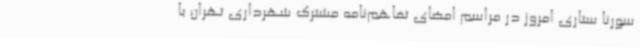
سورنا ستاری امروز در مراسم امضای تفاهم‌نامه مشترک شهرداری تهران با